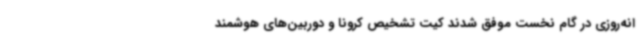
انه‌روزی در گام نخست موفق شدند کیت تشخیص کرونا و دوربین‌های هوشمند